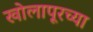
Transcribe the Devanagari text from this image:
खोलापूरच्या